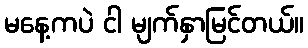
မနေ့ကပဲ ငါ မျက်နှာမြင်တယ်။